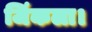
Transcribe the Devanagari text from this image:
जिंकला।